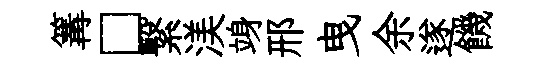
篝□繋渼竧邢曳余遂饑